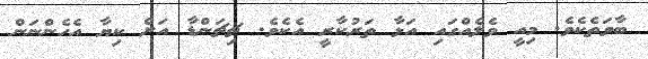
ބާވަތެކެވެ. މިއީ ވެލެއްގައި އަޅާ ތަރުކާރީ އެކެވެ. ޗިޗަންޑާ އަށް ކިޔާ އެހެންނަން